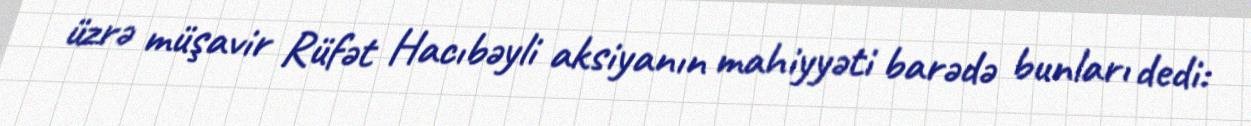
üzrə müşavir Rüfət Hacıbəyli aksiyanın mahiyyəti barədə bunları dedi: